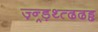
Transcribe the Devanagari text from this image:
ज़्न्र्ड़थ्त्ढढड्ढ